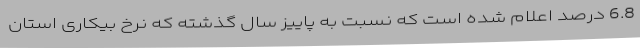
6.8 درصد اعلام شده است که نسبت به پاییز سال گذشته که نرخ بیکاری استان